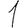
Digit: 1